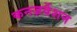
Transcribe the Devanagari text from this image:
कनज़र्वेशन